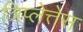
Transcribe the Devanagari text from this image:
त्रिप्लेत्तेस